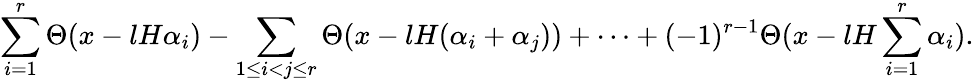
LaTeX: \sum_{i=1}^{r}\Theta(x-lH\alpha_{i})-\sum_{1\le i<j\le r}\Theta(x-lH(\alpha_{i}+\alpha_{j}))+\cdots+(-1)^{r-1}\Theta(x-lH\sum_{i=1}^{r}\alpha_{i}).